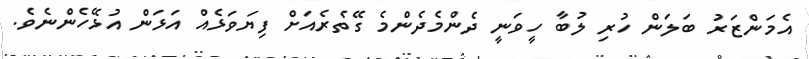
އެމަންޒަރު ބަލަން ހުރި ލުބާ ހީވަނީ ދެންމެދެންމެ ގޭތެރެއަށް ފިޔަވަޅެއް އަޅަން އުޅޭހެންނެވެ.